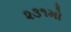
૨૩૧મો